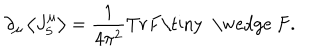
{ \partial } _ { \mu } \left\langle J _ { 5 } ^ { \mu } \right\rangle = \frac { 1 } { 4 { \pi ^ { 2 } } } T r F \mathrm { \tiny ~ \wedge ~ } F .